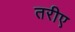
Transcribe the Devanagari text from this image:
तरीए